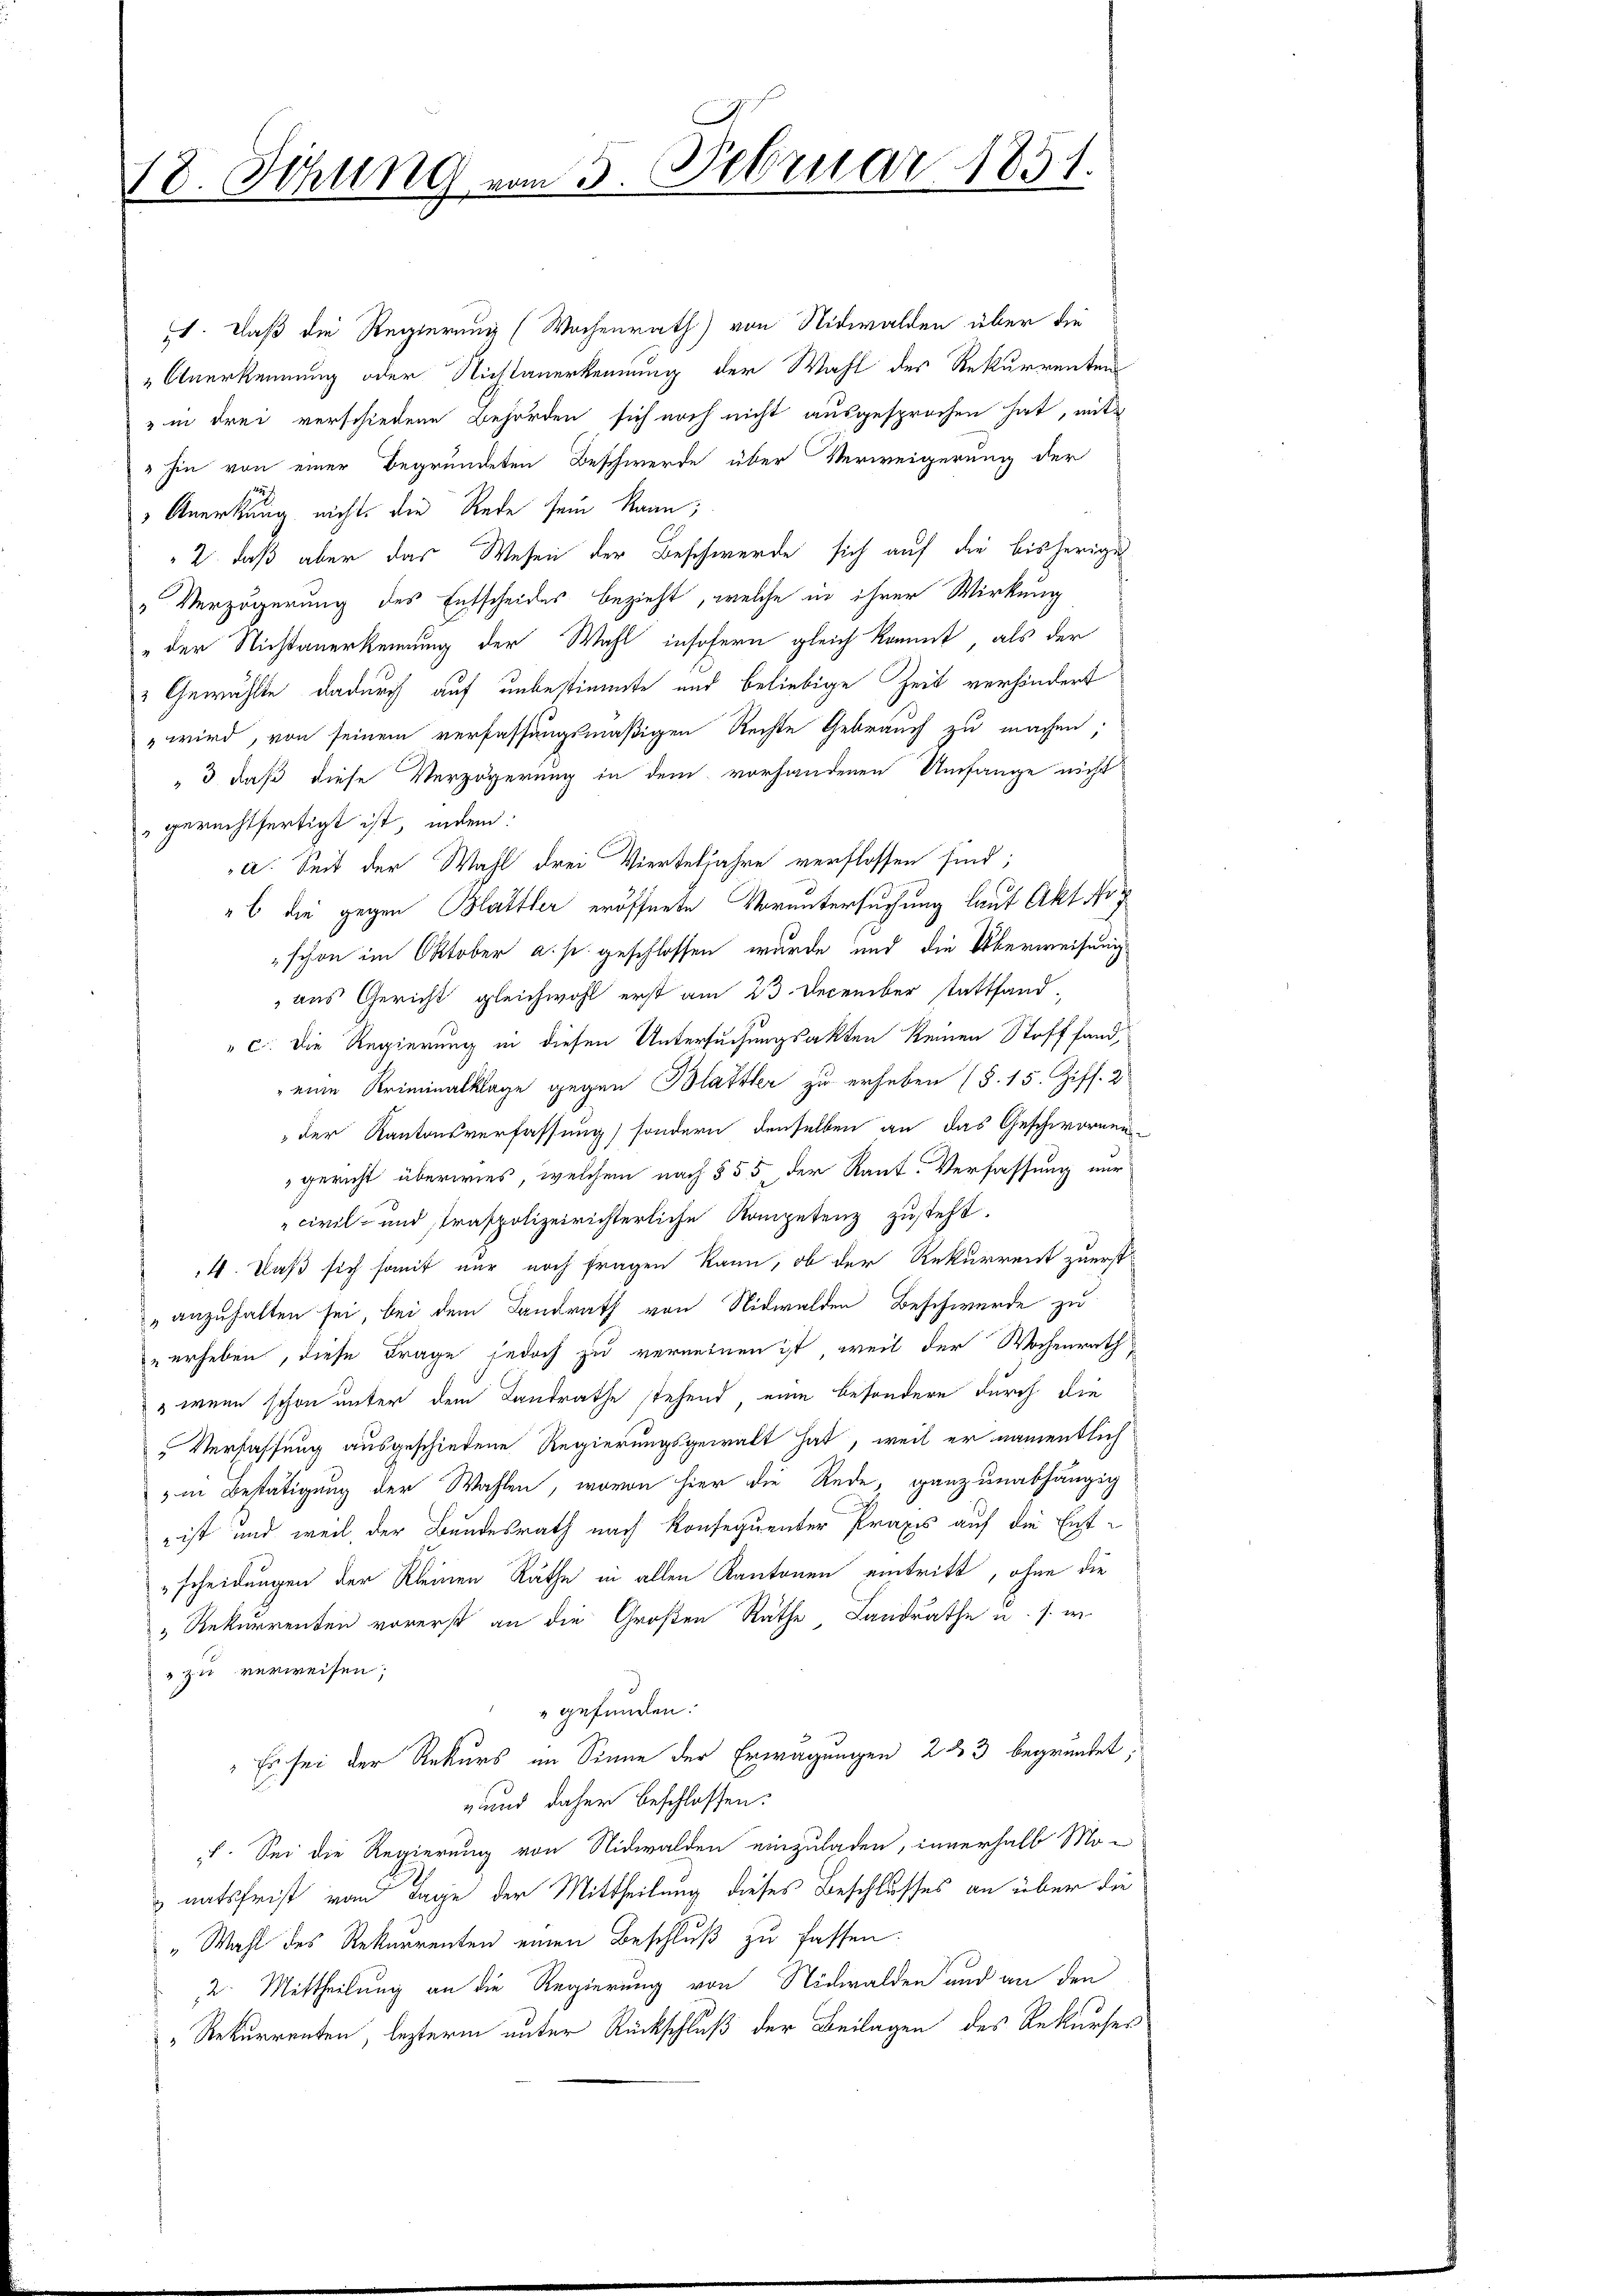
18. Sitzung vom 5. Februar 1851.

. daß die Regierung (Wochenrath) von Nidwalden über die
Anerkennung oder Nichtanerkennung der Wahl des Rekurrenten
" in drei verschiedene Behörden sich noch nicht ausgesprochen hat, mit
" hin von einer Begründeten Beschwerde über Verweigerung der
 Anerkung nicht, die Rede sein kann;
2., daß aber das Wesen der Beschwerde sich auf die bisherige
" Verzögerung des Entscheides bezieht, welche in ihrer Wirkung
der Nichtanerkennung der Wahl insofern gleich kommt, als der
2 Gewählte dadurch auf unbestimmte und beliebige Zeit verhändert
" wird, von seinem verfassungsmäßigen Rechte Gebrauch zu machen;
"3 daß diese Verzögerung in dem vorhandenen Umfange nicht
gerechtfertigt ist, indem:
a. Seit der Wahl drei Vierteljahre verflossen sind;
"b die gegen Blattler eröffnete Voruntersuchung laut Akt No
schon im Oktober a. s. geschlossen wurde und die Überweisung
aus Gericht gleichwohl erst am 23. December stattfand.
" c. Die Regierung in diesen Untersuchungsakten keinen Stoff fand,
eine Kriminalklage gegen Blattler zu erheben (§. 15. Ziff. 2
der Kantonsverfassung, sondern denselben an das Geschwornen
gericht überwies, welchem nach § 55, der Raut. Verfassung nur
civil- und strafpolizeirichterliche Kompetenz zusteht.
4. Daß sich somit nur noch fragen kann, ob der Rekurrent zuerst
" anzuhalten sei, bei dem Landrath von Nidwalden Beschwerde zu
" erheben, diese Frage jedoch zu verneinen ist, weil der Wochenrath
" wenn schon unter dem Landrathe stehend eine besondere durch die
" Verfassung ausgeschiedene Regierungsgewalt hat, weil er namentlich
" in Bestätigung der Wahlen, wovon hier die Rede, ganz unabhängig
 ist und weil, der Bundesrath nach Konsequenter Praxis auf die Ent¬
"scheidungen der Kleinen Räthe in allen Kantonen eintritt, ohne die
" Rekurrenten vorerst an die Großen Räthe Landrathe u. s. w.
" zu verweisen;
gefunden.
Es sei der Rekurs im Sinne der Erwägungen 23 begründet,
und daher beschlossen:
. Sei die Regierung von Nidwalden einzuladen, innerhalb Mo-
natsfrist vom Tage der Mittheilung dieses Beschlusses an über die
„Wahl des Rekurrenten einen Beschluß zu fassen.
2. Mittheilung an die Regierung von Nidwalden und an den
" Rekurrenten, lezterm unter Rückschluß der Beilagen des Rekurser